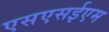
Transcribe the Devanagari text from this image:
एसएसईएम